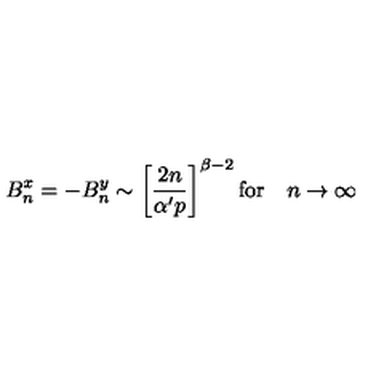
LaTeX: B _ { n } ^ { x } = - B _ { n } ^ { y } \sim \left[ \frac { 2 n } { \alpha ^ { \prime } p } \right] ^ { \beta - 2 } \mathrm { f o r } \quad n \rightarrow \infty